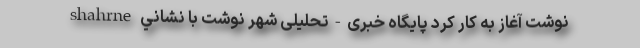
نوشت آغاز به کار کرد پایگاه خبری-تحلیلی شهر نوشت با نشاني shahrne